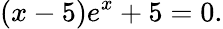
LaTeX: (x-5)e^{x}+5=0.